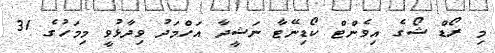
މި ރޯޑް ޝޯގެ އިވެންޓް ކޯޑިނޭޓާ ނަޝީދާ އަހްމަދު ވިދާޅުވީ މިމަހުގެ 31